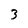
Character: 3